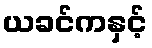
ယခင်ကနှင့်